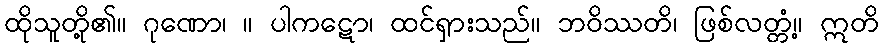
ထိုသူတို့၏။ ဂုဏော၊ ။ ပါကဋော၊ ထင်ရှားသည်။ ဘဝိဿတိ၊ ဖြစ်လတ္တံ့။ ဣတိ